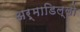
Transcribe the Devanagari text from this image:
अर्माडिल्लो